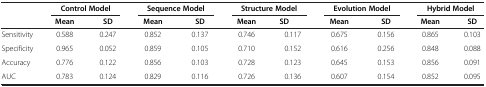
|  | <COLSPAN=2> Control Model | <COLSPAN=2> Sequence Model | <COLSPAN=2> Structure Model | <COLSPAN=2> Evolution Model | <COLSPAN=2> Hybrid Model |
 |  | Mean | SD | Mean | SD | Mean | SD | Mean | SD | Mean | SD |
 | --- | --- | --- | --- | --- | --- | --- | --- | --- | --- | --- |
 | Sensitivity | 0.588 | 0.247 | 0.852 | 0.137 | 0.746 | 0.117 | 0.675 | 0.156 | 0.865 | 0.103 |
 | Specificity | 0.965 | 0.052 | 0.859 | 0.105 | 0.710 | 0.152 | 0.616 | 0.256 | 0.848 | 0.088 |
 | Accuracy | 0.776 | 0.122 | 0.856 | 0.103 | 0.728 | 0.123 | 0.645 | 0.153 | 0.856 | 0.091 |
 | AUC | 0.783 | 0.124 | 0.829 | 0.116 | 0.726 | 0.136 | 0.607 | 0.154 | 0.852 | 0.095 |